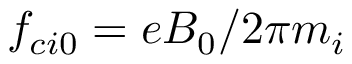
f _ { c i 0 } = e B _ { 0 } / 2 \pi m _ { i }